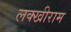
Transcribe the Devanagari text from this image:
लक्खीराम